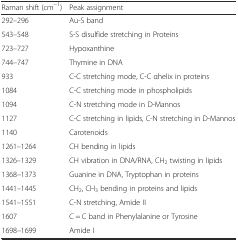
<table><thead><tr><td><b>Raman shift (cm<sup>−1</sup>)</b></td><td><b>Peak assignment</b></td></tr></thead><tbody><tr><td>292–296</td><td>Au-S band</td></tr><tr><td>543–548</td><td>S-S disulfide stretching in Proteins</td></tr><tr><td>723–727</td><td>Hypoxanthine</td></tr><tr><td>744–747</td><td>Thymine in DNA</td></tr><tr><td>933</td><td>C-C stretching mode, C-C αhelix in proteins</td></tr><tr><td>1084</td><td>C-C stretching mode in phospholipids</td></tr><tr><td>1094</td><td>C-N stretching mode in D-Mannos</td></tr><tr><td>1127</td><td>C-C stretching in lipids, C-N stretching in D-Mannos</td></tr><tr><td>1140</td><td>Carotenoids</td></tr><tr><td>1261–1264</td><td>CH bending in lipids</td></tr><tr><td>1326–1329</td><td>CH vibration in DNA/RNA, CH<sub>2</sub> twisting in lipids</td></tr><tr><td>1368–1373</td><td>Guanine in DNA, Tryptophan in proteins</td></tr><tr><td>1441–1445</td><td>CH<sub>2</sub>, CH<sub>3</sub> bending in proteins and lipids</td></tr><tr><td>1541–1551</td><td>C-N stretching, Amide II</td></tr><tr><td>1607</td><td>C = C band in Phenylalanine or Tyrosine</td></tr><tr><td>1698–1699</td><td>Amide I</td></tr></tbody></table>